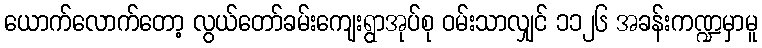
ယောက်လောက်တော့ လွယ်တော်ခမ်းကျေးရွာအုပ်စု ဝမ်းသာလျှင် ၁၁၂၆ အခန်းကဏ္ဍမှာမူ